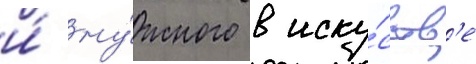
и́ ну́жного в иску́сств'е